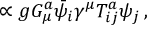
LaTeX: \propto g G _ { \mu } ^ { a } { \bar { \psi } } _ { i } \gamma ^ { \mu } T _ { i j } ^ { a } \psi _ { j } \, ,